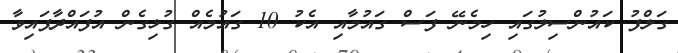
ގަލްފު ކައުންސިލުގައި ހިމެނޭ ފަސް ގައުމާއި އެކު 10 ގައުމެއް ގުޅިގެން އުފައްދާފައިވާ